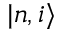
| n , i \rangle